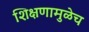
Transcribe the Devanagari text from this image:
शिक्षणामुळेच